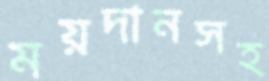
ময়দানসহ